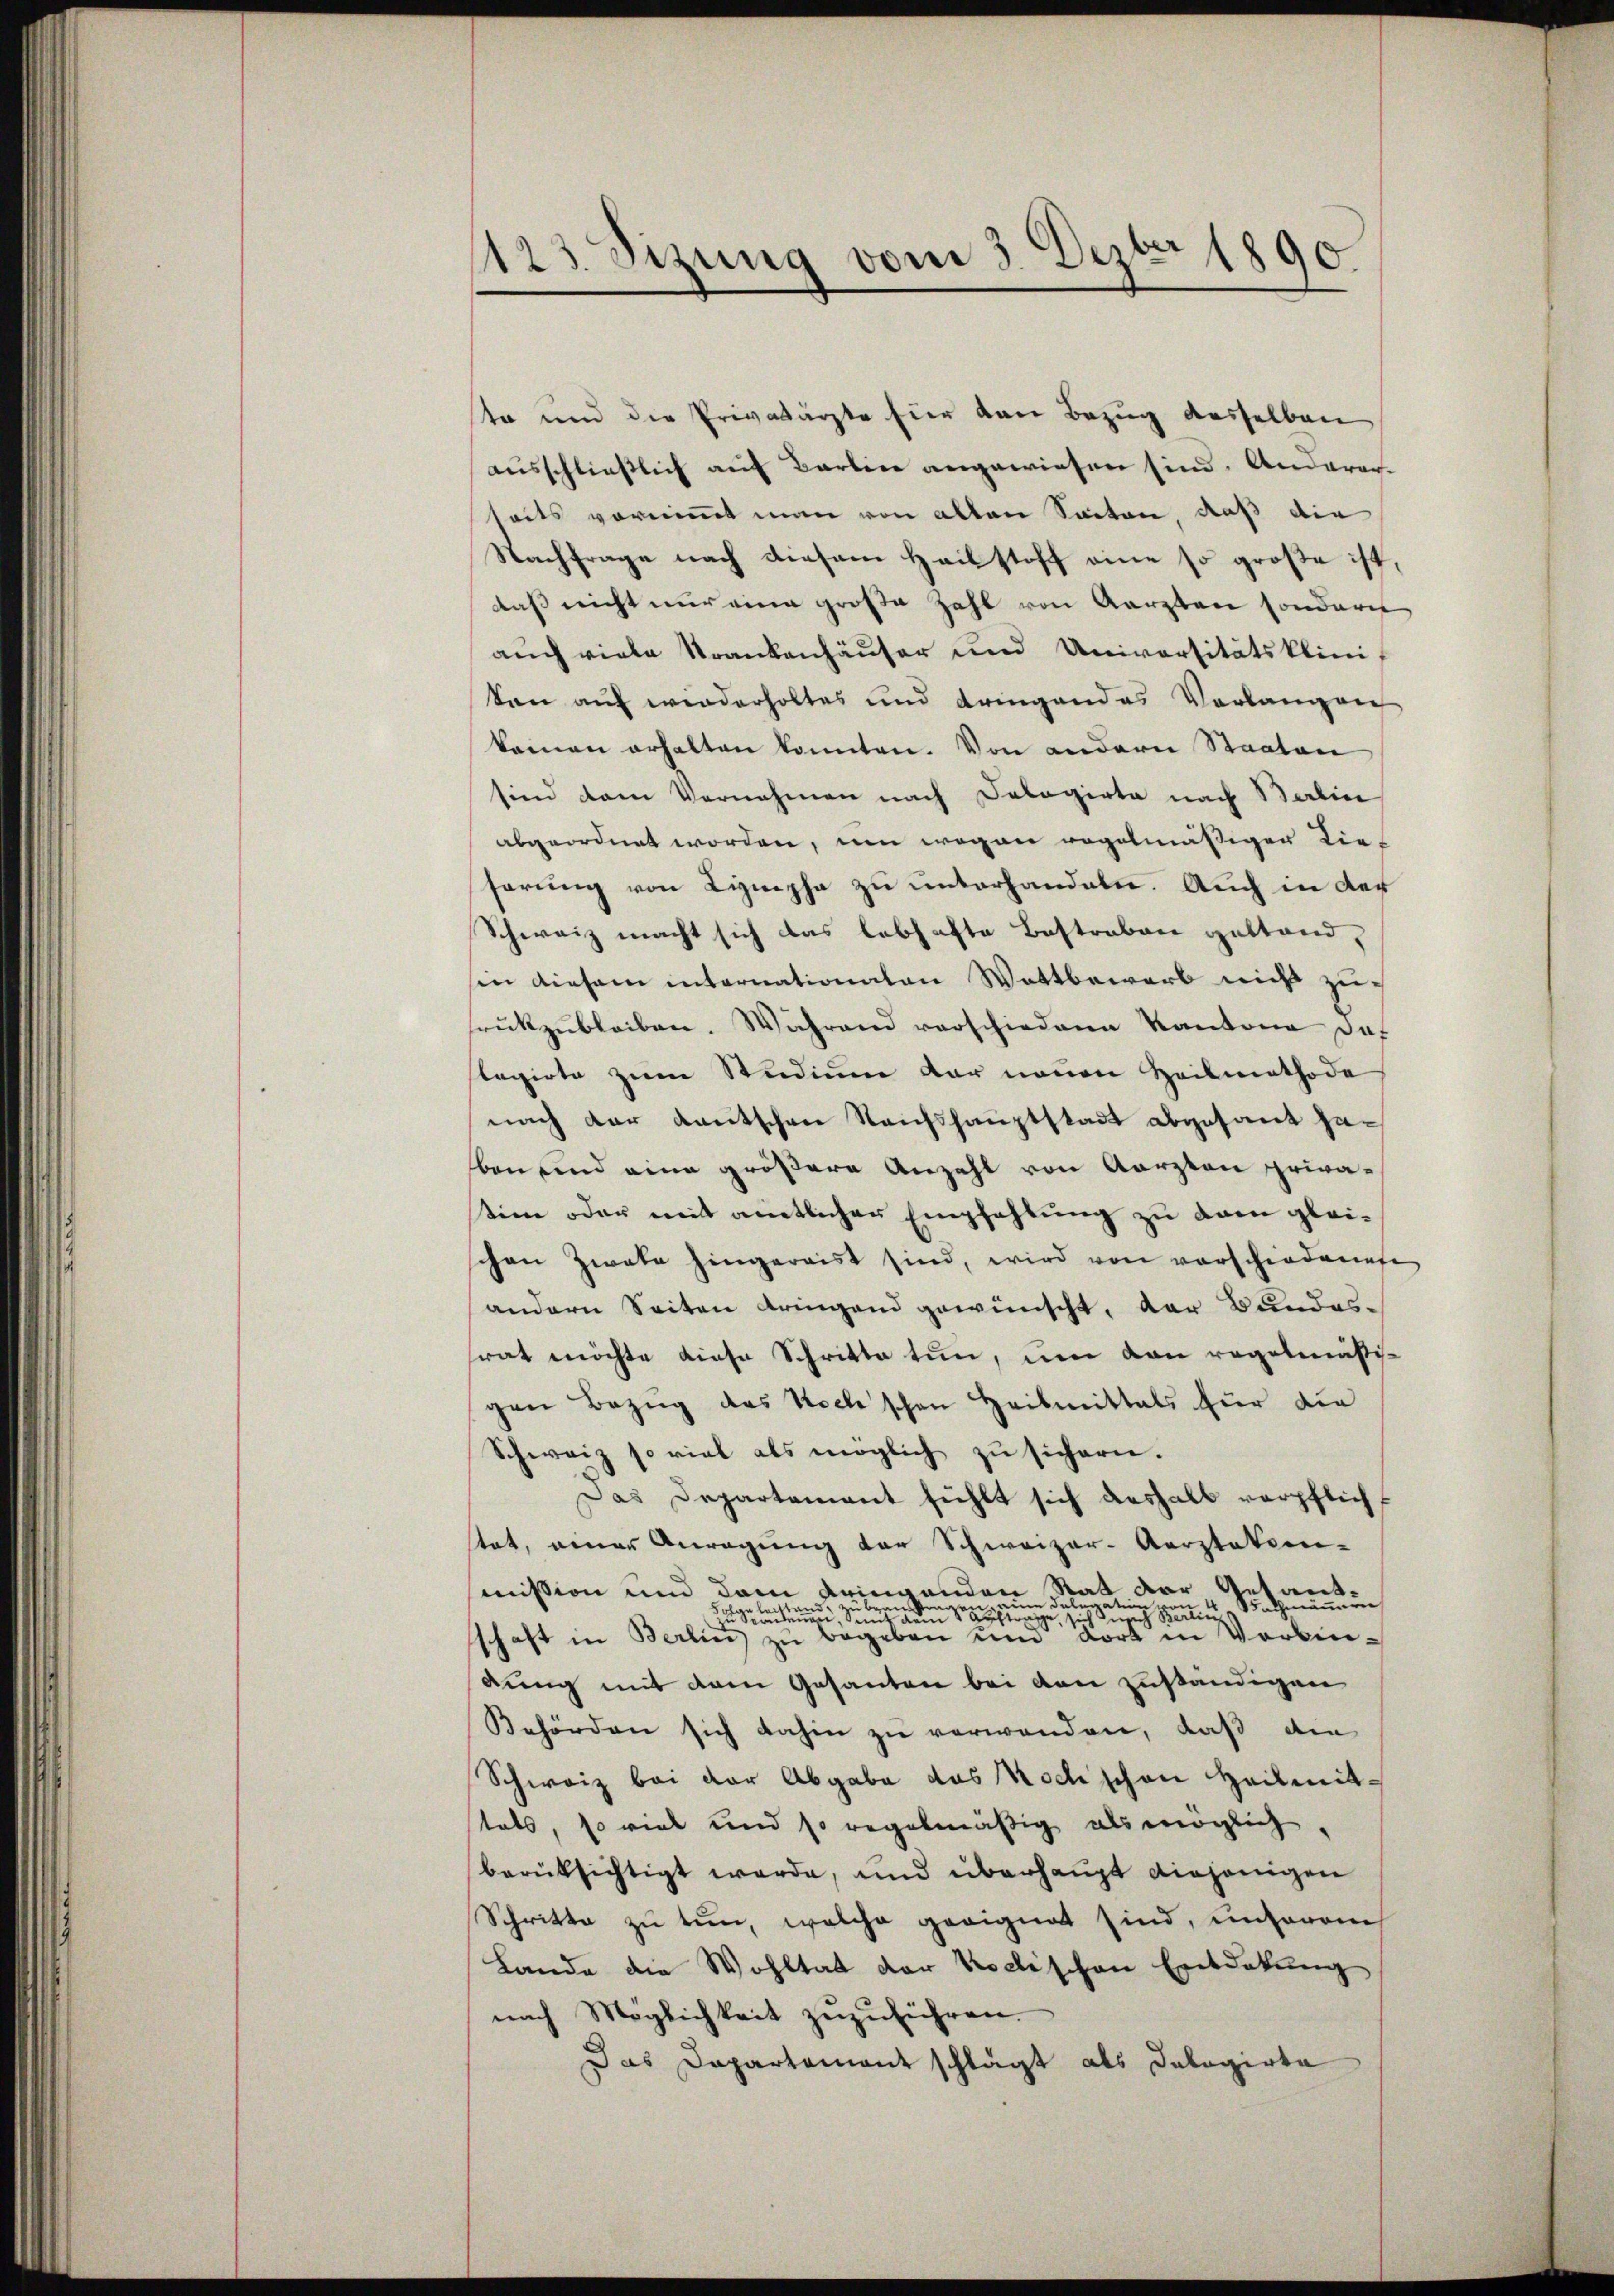
1123 Sizung vom 3. Dezbr 1890.

te und die Privatärte für den Bezug desselben
ausschließlich auf Barlin angewiesen sind. Anderarseits vornimmt man von alten Santen, daß die
Nachfrage nach diesem Heilstoff eine so große ist,
daß nicht nur eine große Zahl von Aerzten sonder
auch viele Krankenhäuser und Universitätskliniten auf wiederholtes und dringendes Verlangen
keinen erhalten konnten. Von anderer Staaten
sind dem Vernehmen nach Dolagirte nach Berlin
abgeordnet worden, um wegen regelmäßiger Lie-
serung von Lympha zu unterhandeln. Auch in der
Schweiz macht sich das lebhafte Bestraben gestand,
sin diesem internationaten Wattbewerb nicht zusrückzubleiben. Während verschiedene Kantone das
slegirte zum Studium der neuen Heilmethode
nach der Kautschen Raufshauptstadt abgesant haben und eine größere Anzahl von Aarzten privatim oder mit amtlicher Empfehlung zu dem gleichen Zwete hingereist sind, wird von vorschiedenese
andern Seiten dringend gewünscht, der Bundessrat möchte diese Schritte tun, um den regelmäßigen Bezug das Noch schon Heilmittals für die
Schweiz so viel als möglich zu sichern.
Das Departement fiehlt sich deshalb verpflicht
stet, einer Anregung der Schweizer-Aerztatien-
mission und dem dringenden Rat der Getant-
n eine Delegation von 4 Bachmännern
tand, zu brauchten.
tenen Sei den trage, sich Zusch Berlini
schaft in Berlin zu begeben und dort in Vorbindung mit dem Gesanten bei den zuständigen
Behörden sich dahin zu verwenden, daß die
Schweiz bei der Abgabe das Noch schon Heilmitstals, so viel und so regelmäßig als möglich
berüksichtigt werde, und überhaupt diejenigen
Schritte zu tun, welche geeignet sind, unserem
Lande die Wohltat der Kochischen Entdekung
nach Möglichkeit zŭzŭführen.
Das Dapartamant schlägt als Dalagirte